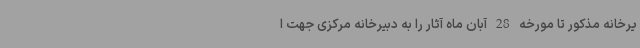
یرخانه مذکور تا مورخه 28 آبان ماه آثار را به دبیرخانه مرکزی جهت ا